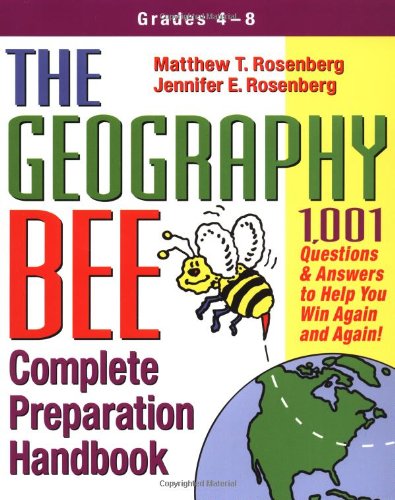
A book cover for The Geography Bee Complete Preparation Handbook: 1,001 Questions & Answers to Help You Win Again and Again!; Matthew T. Rosenberg; Test Preparation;